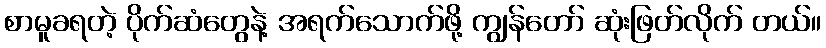
စာမူခရတဲ့ ပိုက်ဆံတွေနဲ့ အရက်သောက်ဖို့ ကျွန်တော် ဆုံးဖြတ်လိုက် တယ်။